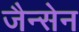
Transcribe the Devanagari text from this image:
जैन्सेन